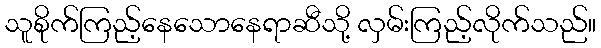
သူစိုက်ကြည့်နေသောနေရာဆီသို့ လှမ်းကြည့်လိုက်သည်။